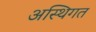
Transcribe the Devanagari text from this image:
अस्थिगत